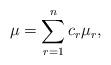
LaTeX: \begin{align*} \mu = \sum_{r=1}^n c_r \mu_r ,\end{align*}